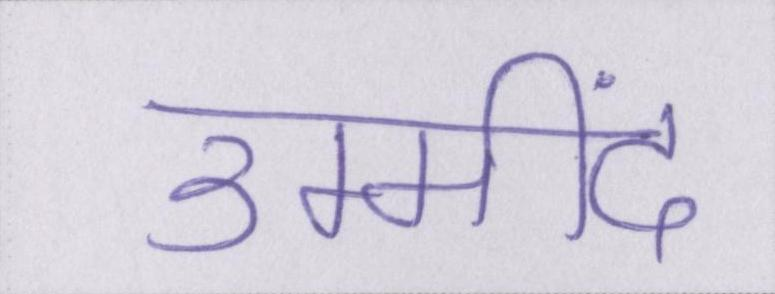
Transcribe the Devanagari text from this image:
उम्मींद